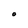
Character: O